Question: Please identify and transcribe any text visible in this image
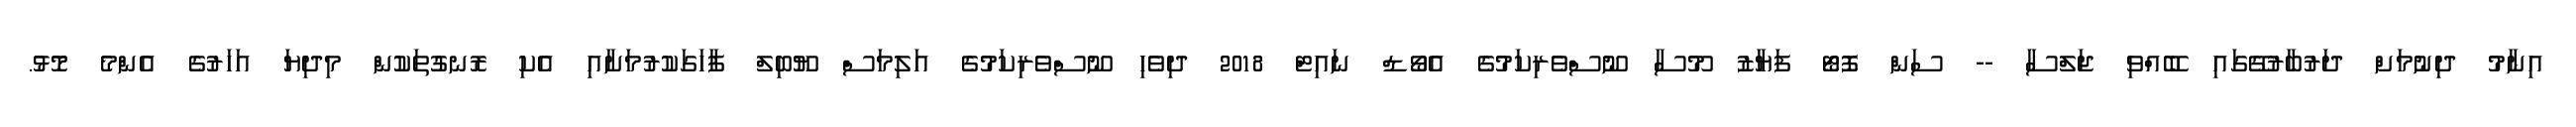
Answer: އިނާމު ދިނުމަށް ދަރުބާރުގޭގައި ބޭއްވި ޖަލްސާ -- ސަން ފޮޓޯ ފަޔާޒު މޫސާ ނޫސްވެރިކަމުގެ އެވޯޑް ނައިޓް 2018 ދިވެހި ނޫސްވެރިކަމުގެ އަލިމަސް ޔޫބިލް ފާހަގަކުރުމަށާއި އެކި ރޮނގުތަކުން މިދިޔަ އަހަރުގެ އެންމެ މޮޅު.